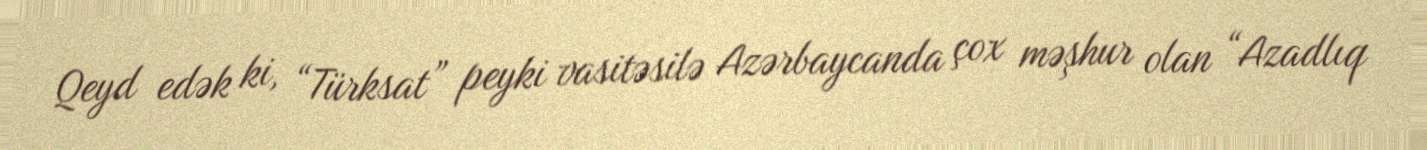
Qeyd edək ki, “Türksat” peyki vasitəsilə Azərbaycanda çox məşhur olan “Azadlıq